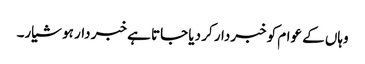
وہاں کے عوام کو خبردار کر دیا جاتا ہے خبر دار ہو شیار۔